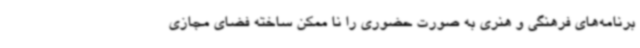
برنامه‌های فرهنگی و هنری به صورت حضوری را نا ممکن ساخته فضای مجازی